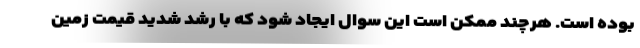
بوده است. هرچند ممکن است این سوال ایجاد شود که با رشد شدید قیمت زمین